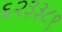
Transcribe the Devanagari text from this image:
६२३३८९